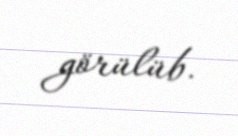
görülüb.